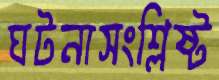
ঘটনাসংশ্লিষ্ট